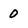
Character: 0